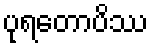
ပုရတောပိဿ